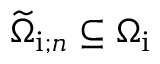
\widetilde { \Omega } _ { \mathrm { i } ; n } \subseteq \Omega _ { \mathrm { i } }